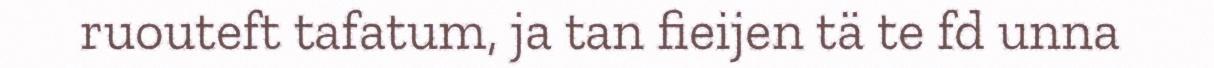
ruouteft tafatum, ja tan fieijen tä te fd unna